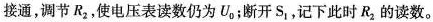
接通，调节R_{2}，使电压表读数仍为U_{0}；断开S_{1}，记下此时R_{2}的读数。